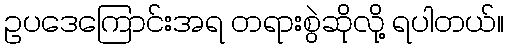
ဥပဒေကြောင်းအရ တရားစွဲဆိုလို့ ရပါတယ်။